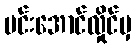
မင်းအောင်လှိုင်မှ